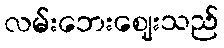
လမ်းဘေးဈေးသည်